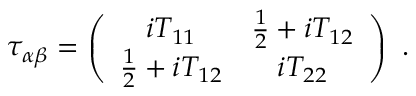
\tau _ { \alpha \beta } = \left( \begin{array} { c c } { { i T _ { 1 1 } } } & { { \frac { 1 } { 2 } + i T _ { 1 2 } } } \\ { { \frac { 1 } { 2 } + i T _ { 1 2 } } } & { { i T _ { 2 2 } } } \end{array} \right) ~ .